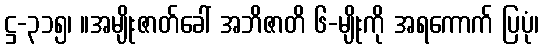
ဋ္ဌ-၃၁၅၊ ။အမျိုးဇာတ်ခေါ် အဘိဇာတိ ၆-မျိုးကို အရကောက် ပြပုံ၊